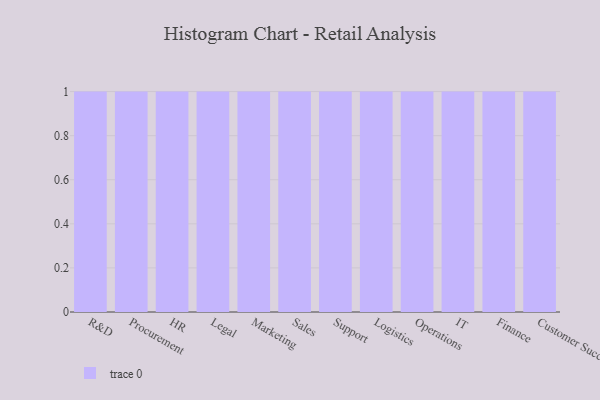
{"axis": {"x": "Department", "y": "Energy Usage (MWh)"}, "legend": [""], "data": [{"x": "R&D", "y": 64, "type": ""}, {"x": "Procurement", "y": 46, "type": ""}, {"x": "HR", "y": 70, "type": ""}, {"x": "Legal", "y": 54, "type": ""}, {"x": "Marketing", "y": 49, "type": ""}, {"x": "Sales", "y": 93, "type": ""}, {"x": "Support", "y": 82, "type": ""}, {"x": "Logistics", "y": 12, "type": ""}, {"x": "Operations", "y": 78, "type": ""}, {"x": "IT", "y": 15, "type": ""}, {"x": "Finance", "y": 94, "type": ""}, {"x": "Customer Success", "y": 38, "type": ""}]}